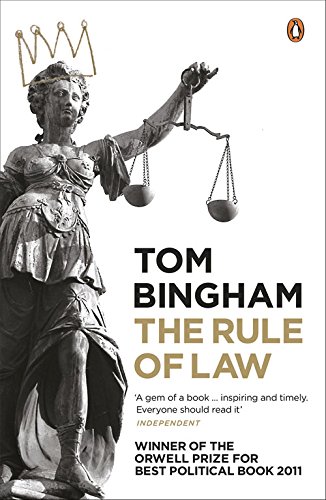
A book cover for The Rule of Law; Tom Bingham; Law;